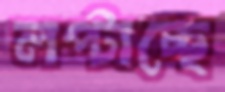
লপ্‌টাচ্ছে